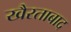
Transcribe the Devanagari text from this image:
खैरताबाद